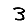
Digit: 3